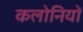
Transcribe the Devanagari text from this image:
कलोनियों